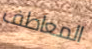
المعاطف